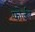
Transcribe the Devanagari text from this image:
फोर्जन